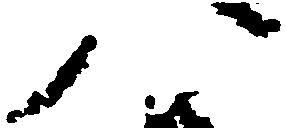
八